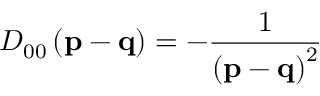
D _ { 0 0 } \left( \mathbf { p - q } \right) = - \frac { 1 } { \left( \mathbf { p - q } \right) ^ { 2 } }